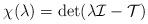
LaTeX: \begin{align*}\chi(\lambda)=\operatorname{det}(\lambda\mathcal I-\mathcal T)\end{align*}